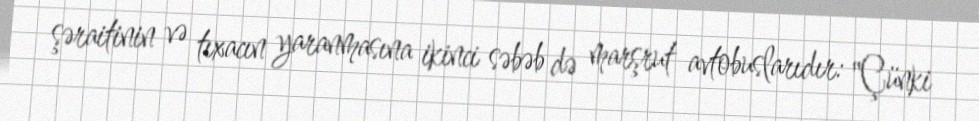
şəraitinin və tıxacın yaranmasına ikinci səbəb də marşrut avtobuslarıdır: "Çünki